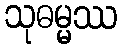
သုဓမ္မဿ